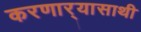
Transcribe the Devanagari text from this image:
करणार्‍यासाथी